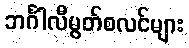
ဘင်္ဂါလီမွတ်စလင်များ